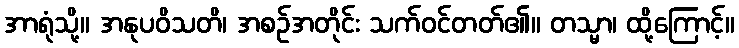
အာရုံသို့။ အနုပဝိသတိ၊ အစဉ်အတိုင်း သက်ဝင်တတ်၏။ တသ္မာ၊ ထို့ကြောင့်။